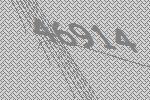
46914